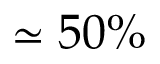
\simeq 5 0 \%